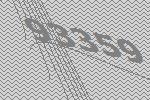
93359